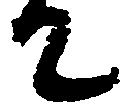
て